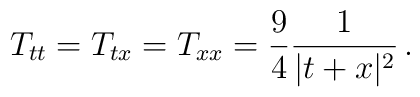
T_{tt}=T_{tx}=T_{xx}=\frac{9}{4}\frac{1}{\vert t+x \vert^2}\,.